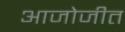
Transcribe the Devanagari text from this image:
आजोजीत